Second report of the anti-malarial operations at Mian Mir, 1901-1903 - Number 9
Year: 1901
Disease focus: Malaria
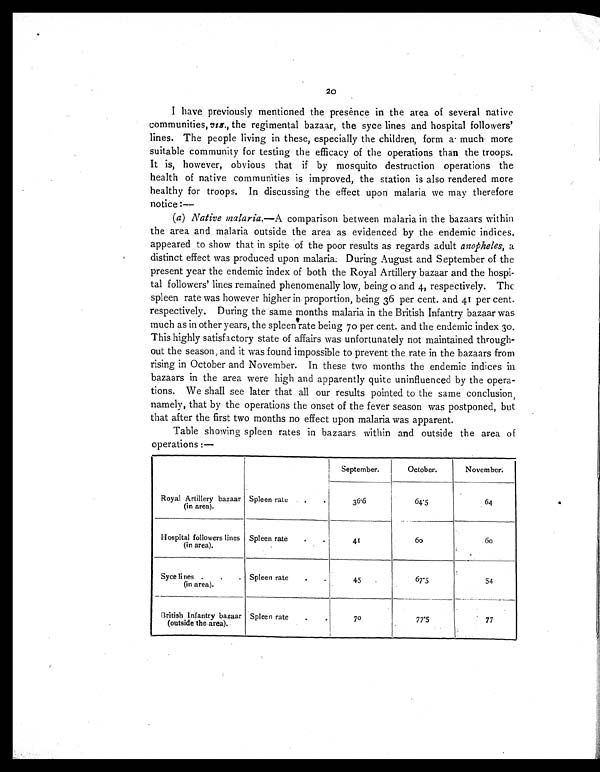
I have previously mentioned the presence in the area of several native
communities, viz. , the regimental bazaar, the syce lines and hospital followers'
lines. The people living in these, especially the children, form a much more
suitable community for testing the efficacy of the operations than the troops.
It is, however, obvious that if by mosquito destruction operations the
health of native communities is improved, the station is also rendered more
healthy for troops. In discussing the effect upon malaria we may therefore
notice : —
(a) Native malaria.—A comparison between malaria in the bazaars within
the area and malaria outside the area as evidenced by the endemic indices,
appeared to show that in spite of the poor results as regards adult anopheles, a
distinct effect was produced upon malaria. During August and September of the
present year the endemic index of both the Royal Artillery bazaar and the hospi-
tal followers' lines remained phenomenally low, being 0 and 4, respectively. The
spleen rate was however higher in proportion, being 36 per cent. and 41 per cent.
respectively. During the same months malaria in the British Infantry bazaar was
much as in other years, the spleen rate being 70 per cent. and the endemic index 30.
This highly satisfactory state of affairs was unfortunately not maintained through-
out the season, and it was found impossible to prevent the rate in the bazaars from
rising in October and November. In these two months the endemic indices in
bazaars in the area were high and apparently quite uninfluenced by the opera-
tions. We shall see later that all our results pointed to the same conclusion,
namely, that by the operations the onset of the fever season was postponed, but
that after the first two months no effect upon malaria was apparent.
Table showing spleen rates in bazaars within and outside the area of
operations :—
September.
October.
November.
Royal Artillery bazaar
(in area).
Spleen rate
.
.
36.6
6 4 . 5
64
Hospital followers lines
(in area).
Spleen rate
. .
41
6 0
6 0
Syce lines .
.
.
(in area).
Spleen rate
. .
45
67.5
54
British Infantry bazaar
(outside the area).
Spleen rate
.
.
70
77.5
77